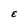
Character: E